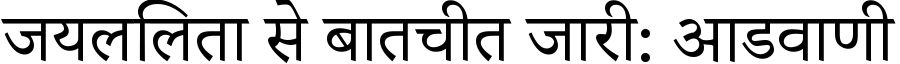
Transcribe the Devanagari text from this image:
जयललिता से बातचीत जारी: आडवाणी